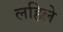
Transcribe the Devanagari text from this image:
लहिले